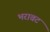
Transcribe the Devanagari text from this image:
भरावट